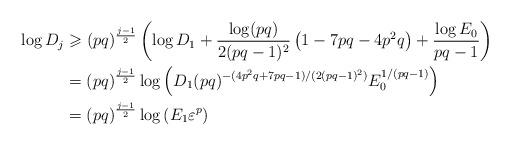
LaTeX: \begin{align*}\log D_j&\geqslant (pq)^{\frac{j-1}{2}}\left(\log D_1+\frac{\log(pq)}{2(pq-1)^2}\left(1-7pq-4p^2q\right)+\frac{\log E_0}{pq-1}\right)\\&=(pq)^{\frac{j-1}{2}}\log \left(D_1(pq)^{-(4p^2q+7pq-1)/(2(pq-1)^2)}E_0^{1/(pq-1)}\right)\\&=(pq)^{\frac{j-1}{2}}\log \left(E_1\varepsilon^p\right)\end{align*}